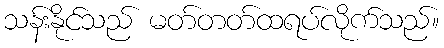
သန်းနိုင်သည် မတ်တတ်ထရပ်လိုက်သည်။